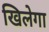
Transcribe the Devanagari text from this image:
खिलेगा